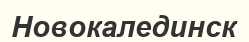
Новокалединск